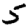
Digit: 5